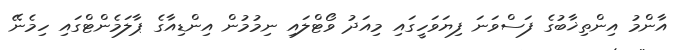
އާންމު އިންތިޚާބުގެ ފަސްވަނަ ފިޔަވަހީގައި މިއަދު ވޯޓްލައި ނިމުމުން އިންޑިއާގެ ޕާލަމެންޓްގައި ހިމެނޭ